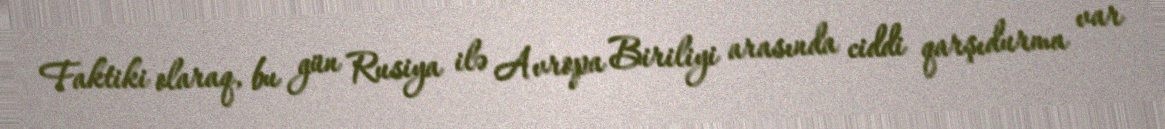
Faktiki olaraq, bu gün Rusiya ilə Avropa Biriliyi arasında ciddi qarşıdurma var